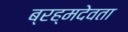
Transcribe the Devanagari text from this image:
ब्रह्मदेवता